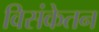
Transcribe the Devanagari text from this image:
विसंकेतन